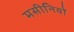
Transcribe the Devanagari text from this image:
मसीनियों